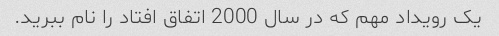
یک رویداد مهم که در سال 2000 اتفاق افتاد را نام ببرید.